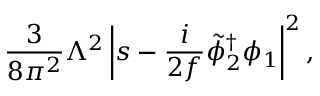
{ \frac { 3 } { 8 \pi ^ { 2 } } } \Lambda ^ { 2 } \left| s - { \frac { i } { 2 f } } { \tilde { \phi } _ { 2 } } ^ { \dagger } \phi _ { 1 } \right| ^ { 2 } ,